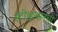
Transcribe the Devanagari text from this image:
स्टीव्हन्‍सनची